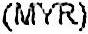
(MYR)